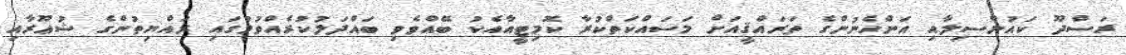
ރަސްދޫ ކަައުންސިލާއި އަންހެނުންގެ ތަރައްޤީއަށް މަސައްކަތްކުރާ ކޮމިޓީއާއެކު ބޭއްވެވި ބައްދަލުކުރެއްވުމުގައި ރައްޔިތުންގެ ޝުޢޫރާއި